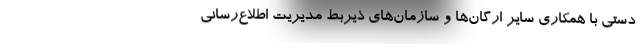
دستی با همکاری سایر ارگان‌ها و سازمان‌های ذیربط مدیریت اطلاع‌رسانی